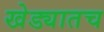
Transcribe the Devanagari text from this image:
खेड्यातच